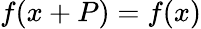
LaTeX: f(x+P)=f(x)